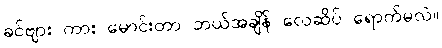
ခင်ဗျား ကား မောင်းတာ ဘယ်အချိန် လေဆိပ် ရောက်မလဲ။